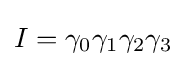
I=\gamma _{0}\gamma _{1}\gamma _{2}\gamma _{3}